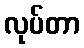
လုပ်တာ